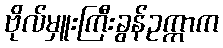
ဗိုလ်မှူးကြီးခွန်ဥက္ကာက